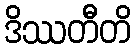
ဒိဿတီတိ